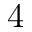
4